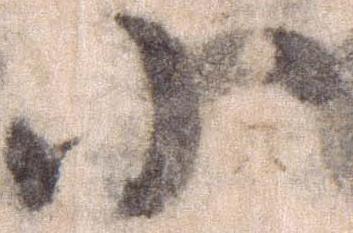
小